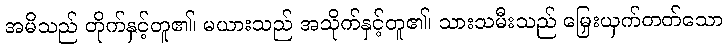
အမိသည် တိုက်နှင့်တူ၏၊ မယားသည် အသိုက်နှင့်တူ၏၊ သားသမီးသည် မြှေးယှက်တတ်သော